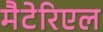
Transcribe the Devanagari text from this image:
मैटेरिएल